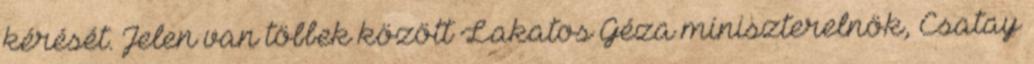
kérését. Jelen van többek között Lakatos Géza miniszterelnök, Csatay